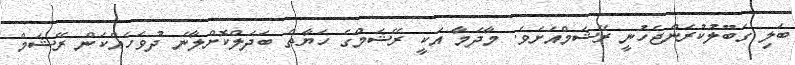
ބަލި ގަބޫލުކުރަންޖެހުނީ ރޭޝަމްއަށެވެ. މާދަމާ އަކީ ރޭޝަމްގެ ހަޔާތް ބަދަލްކޮށްލާނެ ދުވަހެއްކަން ރޭޝަމް